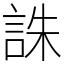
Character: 誅